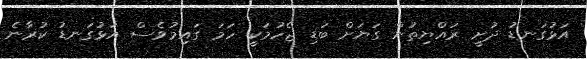
އަޅުގަނޑު ދުށީ ރައްޔިތުން ގަޔަށް ބަޑި ޖެހުމަކީ ހަމަ ގައިމުވެސް އަޅުގަނޑު ކުރާނެ